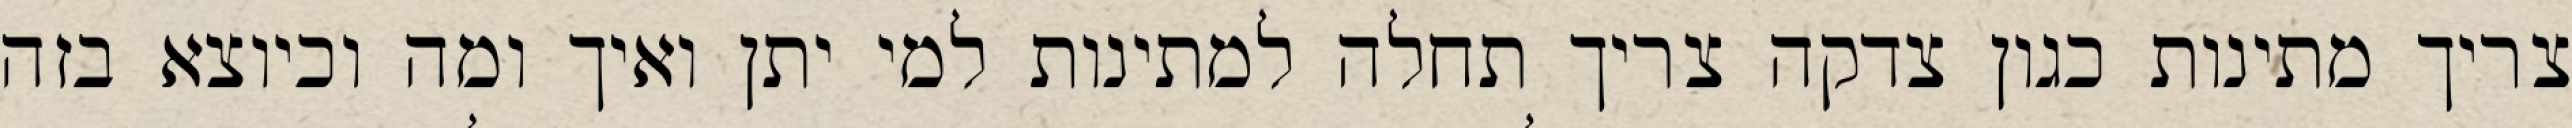
צריך מתינות כגון צדקה צריך תחלה למתינות למי יתן ואיך ומה וכיוצא בזה